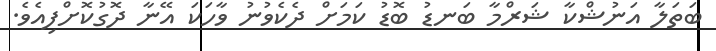
ބަތަލާ އަނުޝްކާ ޝަރްމާ ބަނޑު ބޮޑު ކަމަށް ދެކެވުނު ވާހަކަ އޭނާ ދޮގުކޮށްފިއެވެ.